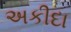
અકીદા